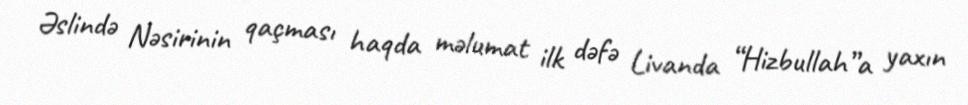
Əslində Nəsirinin qaçması haqda məlumat ilk dəfə Livanda “Hizbullah”a yaxın